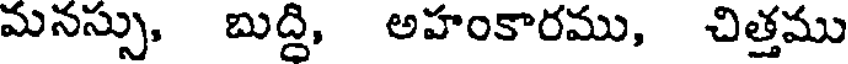
మనస్సు, బుద్ది, అహంకారము, చిత్తము